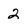
Character: 2